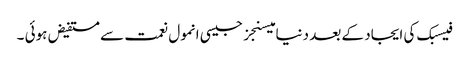
فیسبک کی ایجاد کے بعد دنیا میسنجز جیسی انمول نعمت سے مستفیض ہوئی ۔